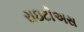
રાઇટીઅસ